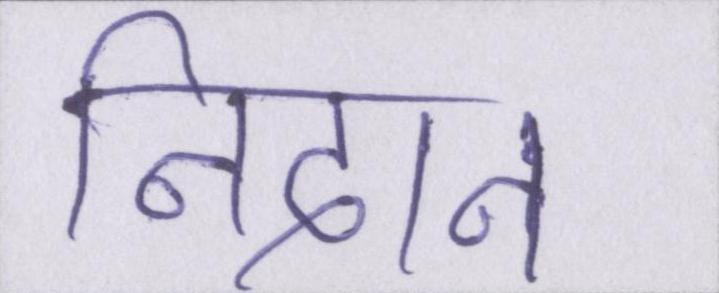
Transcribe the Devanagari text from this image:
निदान